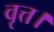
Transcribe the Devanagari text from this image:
वृत्त।